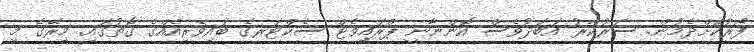
ފޯރުކޮށްދެމުން. ސަރުކާރު އަބަދުވެސް އޮންނާނީ ޕްރައިވެޓް ސެކްޓަރގެ ބައިވެރިއެއްގެ ގޮތުގައި. މިރޭގެ މި